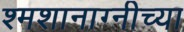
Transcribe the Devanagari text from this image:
श्मशानाग्नीच्या